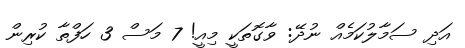
އަދި ސަމާލުކަމެއް ނުދޭ: ވާގޮތަކީ މިއީ! 7 މަސް 3 ހަފްތާ ކުރިން